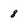
Character: 8